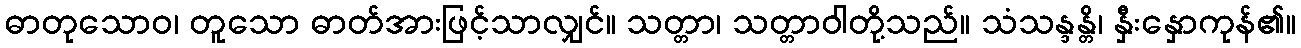
ဓာတုသောဝ၊ တူသော ဓာတ်အားဖြင့်သာလျှင်။ သတ္တာ၊ သတ္တာဝါတို့သည်။ သံသန္ဒန္တိ၊ နှီးနှောကုန်၏။